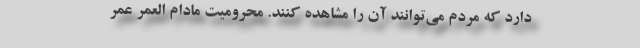
دارد که مردم می‌توانند آن را مشاهده کنند. محرومیت مادام العمر عمر